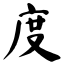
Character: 度